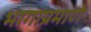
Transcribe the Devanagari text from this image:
भागाप्रमाणे